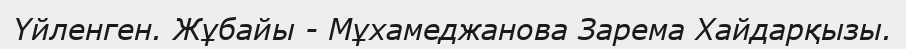
Үйленген. Жұбайы - Мұхамеджанова Зарема Хайдарқызы.